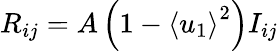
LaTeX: {R_{ij}}=A\left({1-{{\left\langle{{u_{1}}}\right\rangle}^{2}}}\right)I_{ij}